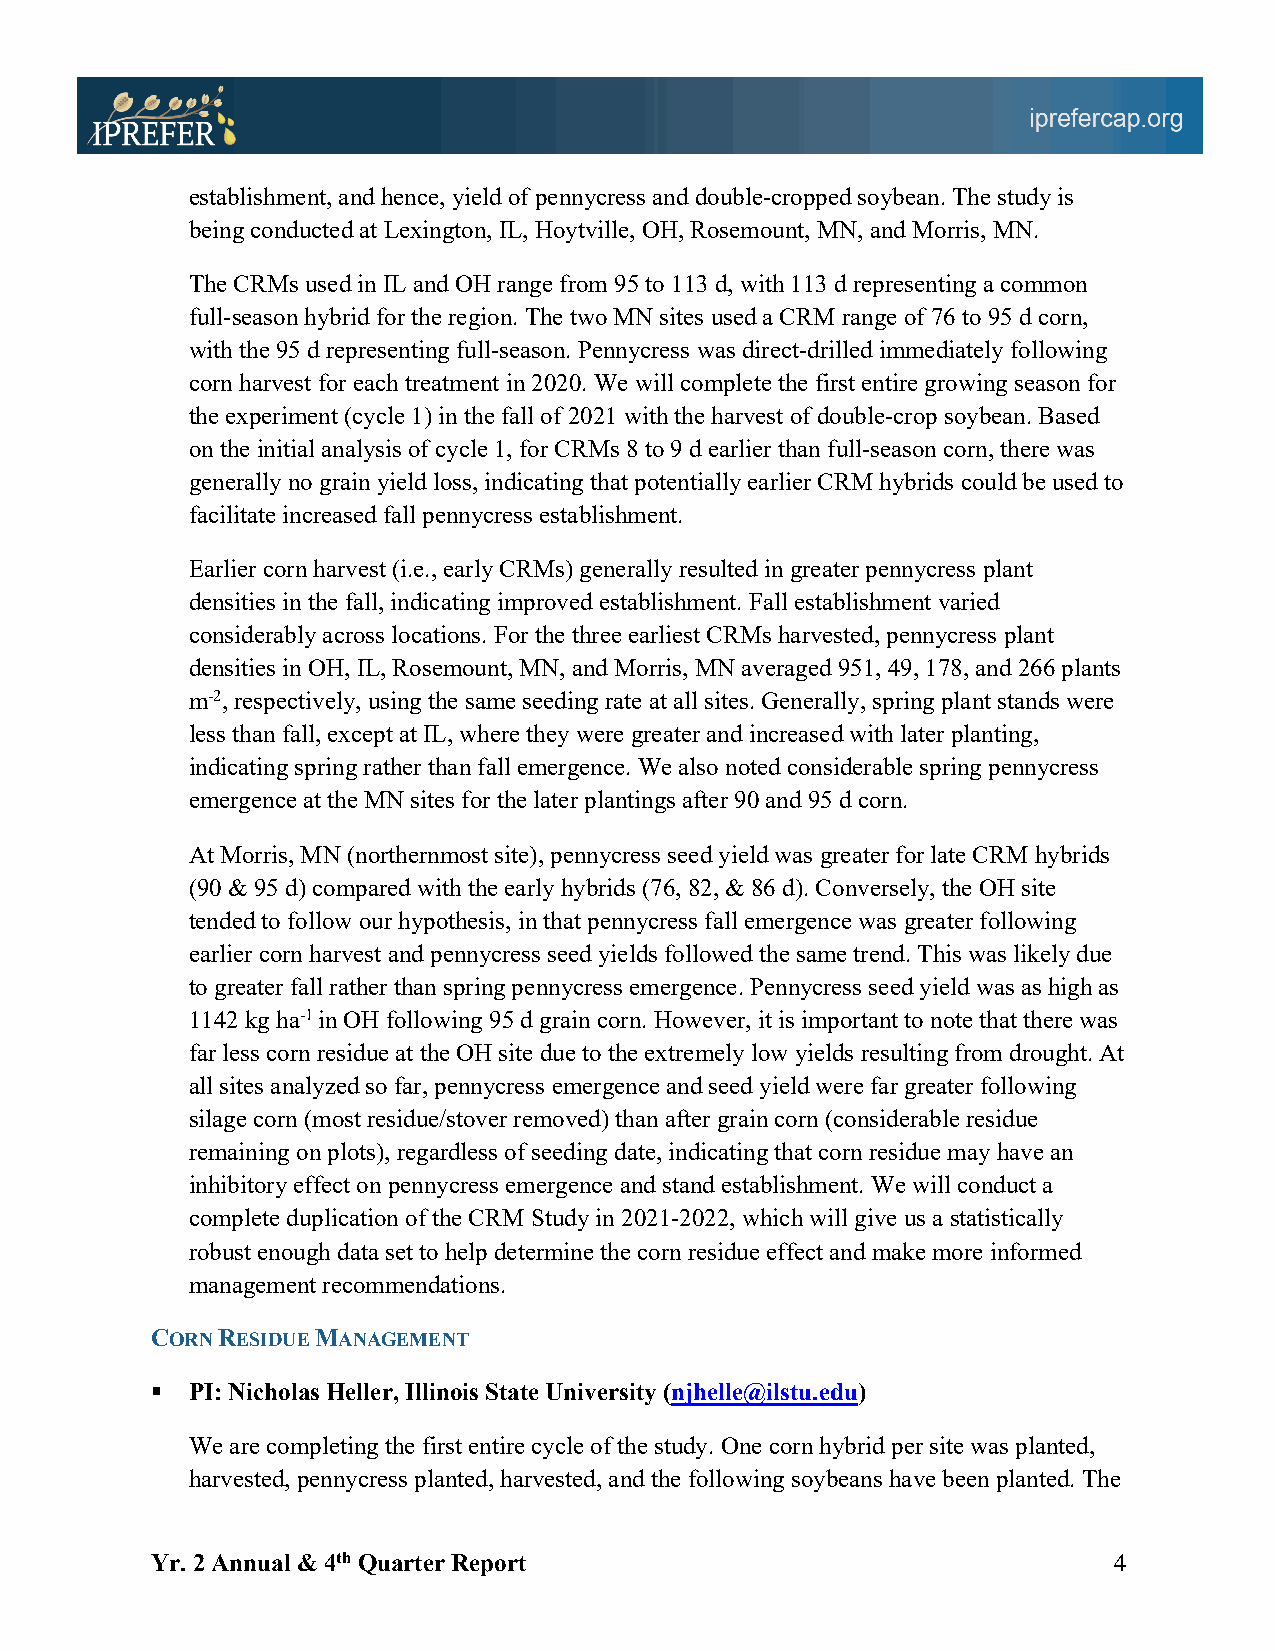
establishment, and hence, yield of pennycress and double-cropped soybean. The study is
 being conducted at Lexington, IL, Hoytville, OH, Rosemount, MN, and Morris, MN.
 The CRMs used in IL and OH range from 95 to 113 d, with 113 d representing a common
 full-season hybrid for the region. The two MN sites used a CRM range of 76 to 95 d corn,
 with the 95 d representing full-season. Pennycress was direct-drilled immediately following
 corn harvest for each treatment in 2020. We will complete the first entire growing season for
 the experiment (cycle 1) in the fall of 2021 with the harvest of double-crop soybean. Based
 on the initial analysis of cycle 1, for CRMs 8 to 9 d earlier than full-season corn, there was
 generally no grain yield loss, indicating that potentially earlier CRM hybrids could be used to
 facilitate increased fall pennycress establishment.
 Earlier corn harvest (i.e., early CRMs) generally resulted in greater pennycress plant
 densities in the fall, indicating improved establishment. Fall establishment varied
 considerably across locations. For the three earliest CRMs harvested, pennycress plant
 densities in OH, IL, Rosemount, MN, and Morris, MN averaged 951, 49, 178, and 266 plants
 m-2, respectively, using the same seeding rate at all sites. Generally, spring plant stands were
 less than fall, except at IL, where they were greater and increased with later planting,
 indicating spring rather than fall emergence. We also noted considerable spring pennycress
 emergence at the MN sites for the later plantings after 90 and 95 d corn.
 At Morris, MN (northernmost site), pennycress seed yield was greater for late CRM hybrids
 (90 & 95 d) compared with the early hybrids (76, 82, & 86 d). Conversely, the OH site
 tended to follow our hypothesis, in that pennycress fall emergence was greater following
 earlier corn harvest and pennycress seed yields followed the same trend. This was likely due
 to greater fall rather than spring pennycress emergence. Pennycress seed yield was as high as
 1142 kg ha-1 in OH following 95 d grain corn. However, it is important to note that there was
 far less corn residue at the OH site due to the extremely low yields resulting from drought. At
 all sites analyzed so far, pennycress emergence and seed yield were far greater following
 silage corn (most residue/stover removed) than after grain corn (considerable residue
 remaining on plots), regardless of seeding date, indicating that corn residue may have an
 inhibitory effect on pennycress emergence and stand establishment. We will conduct a
 complete duplication of the CRM Study in 2021-2022, which will give us a statistically
 robust enough data set to help determine the corn residue effect and make more informed
 management recommendations.
 CORN RESIDUE MANAGEMENT
 § PI: Nicholas Heller, Illinois State University (njhelle@ilstu.edu)
 We are completing the first entire cycle of the study. One corn hybrid per site was planted,
 harvested, pennycress planted, harvested, and the following soybeans have been planted. The
 Yr. 2 Annual & 4th Quarter Report                               4